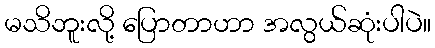
မသိဘူးလို့ ပြောတာဟာ အလွယ်ဆုံးပါပဲ။